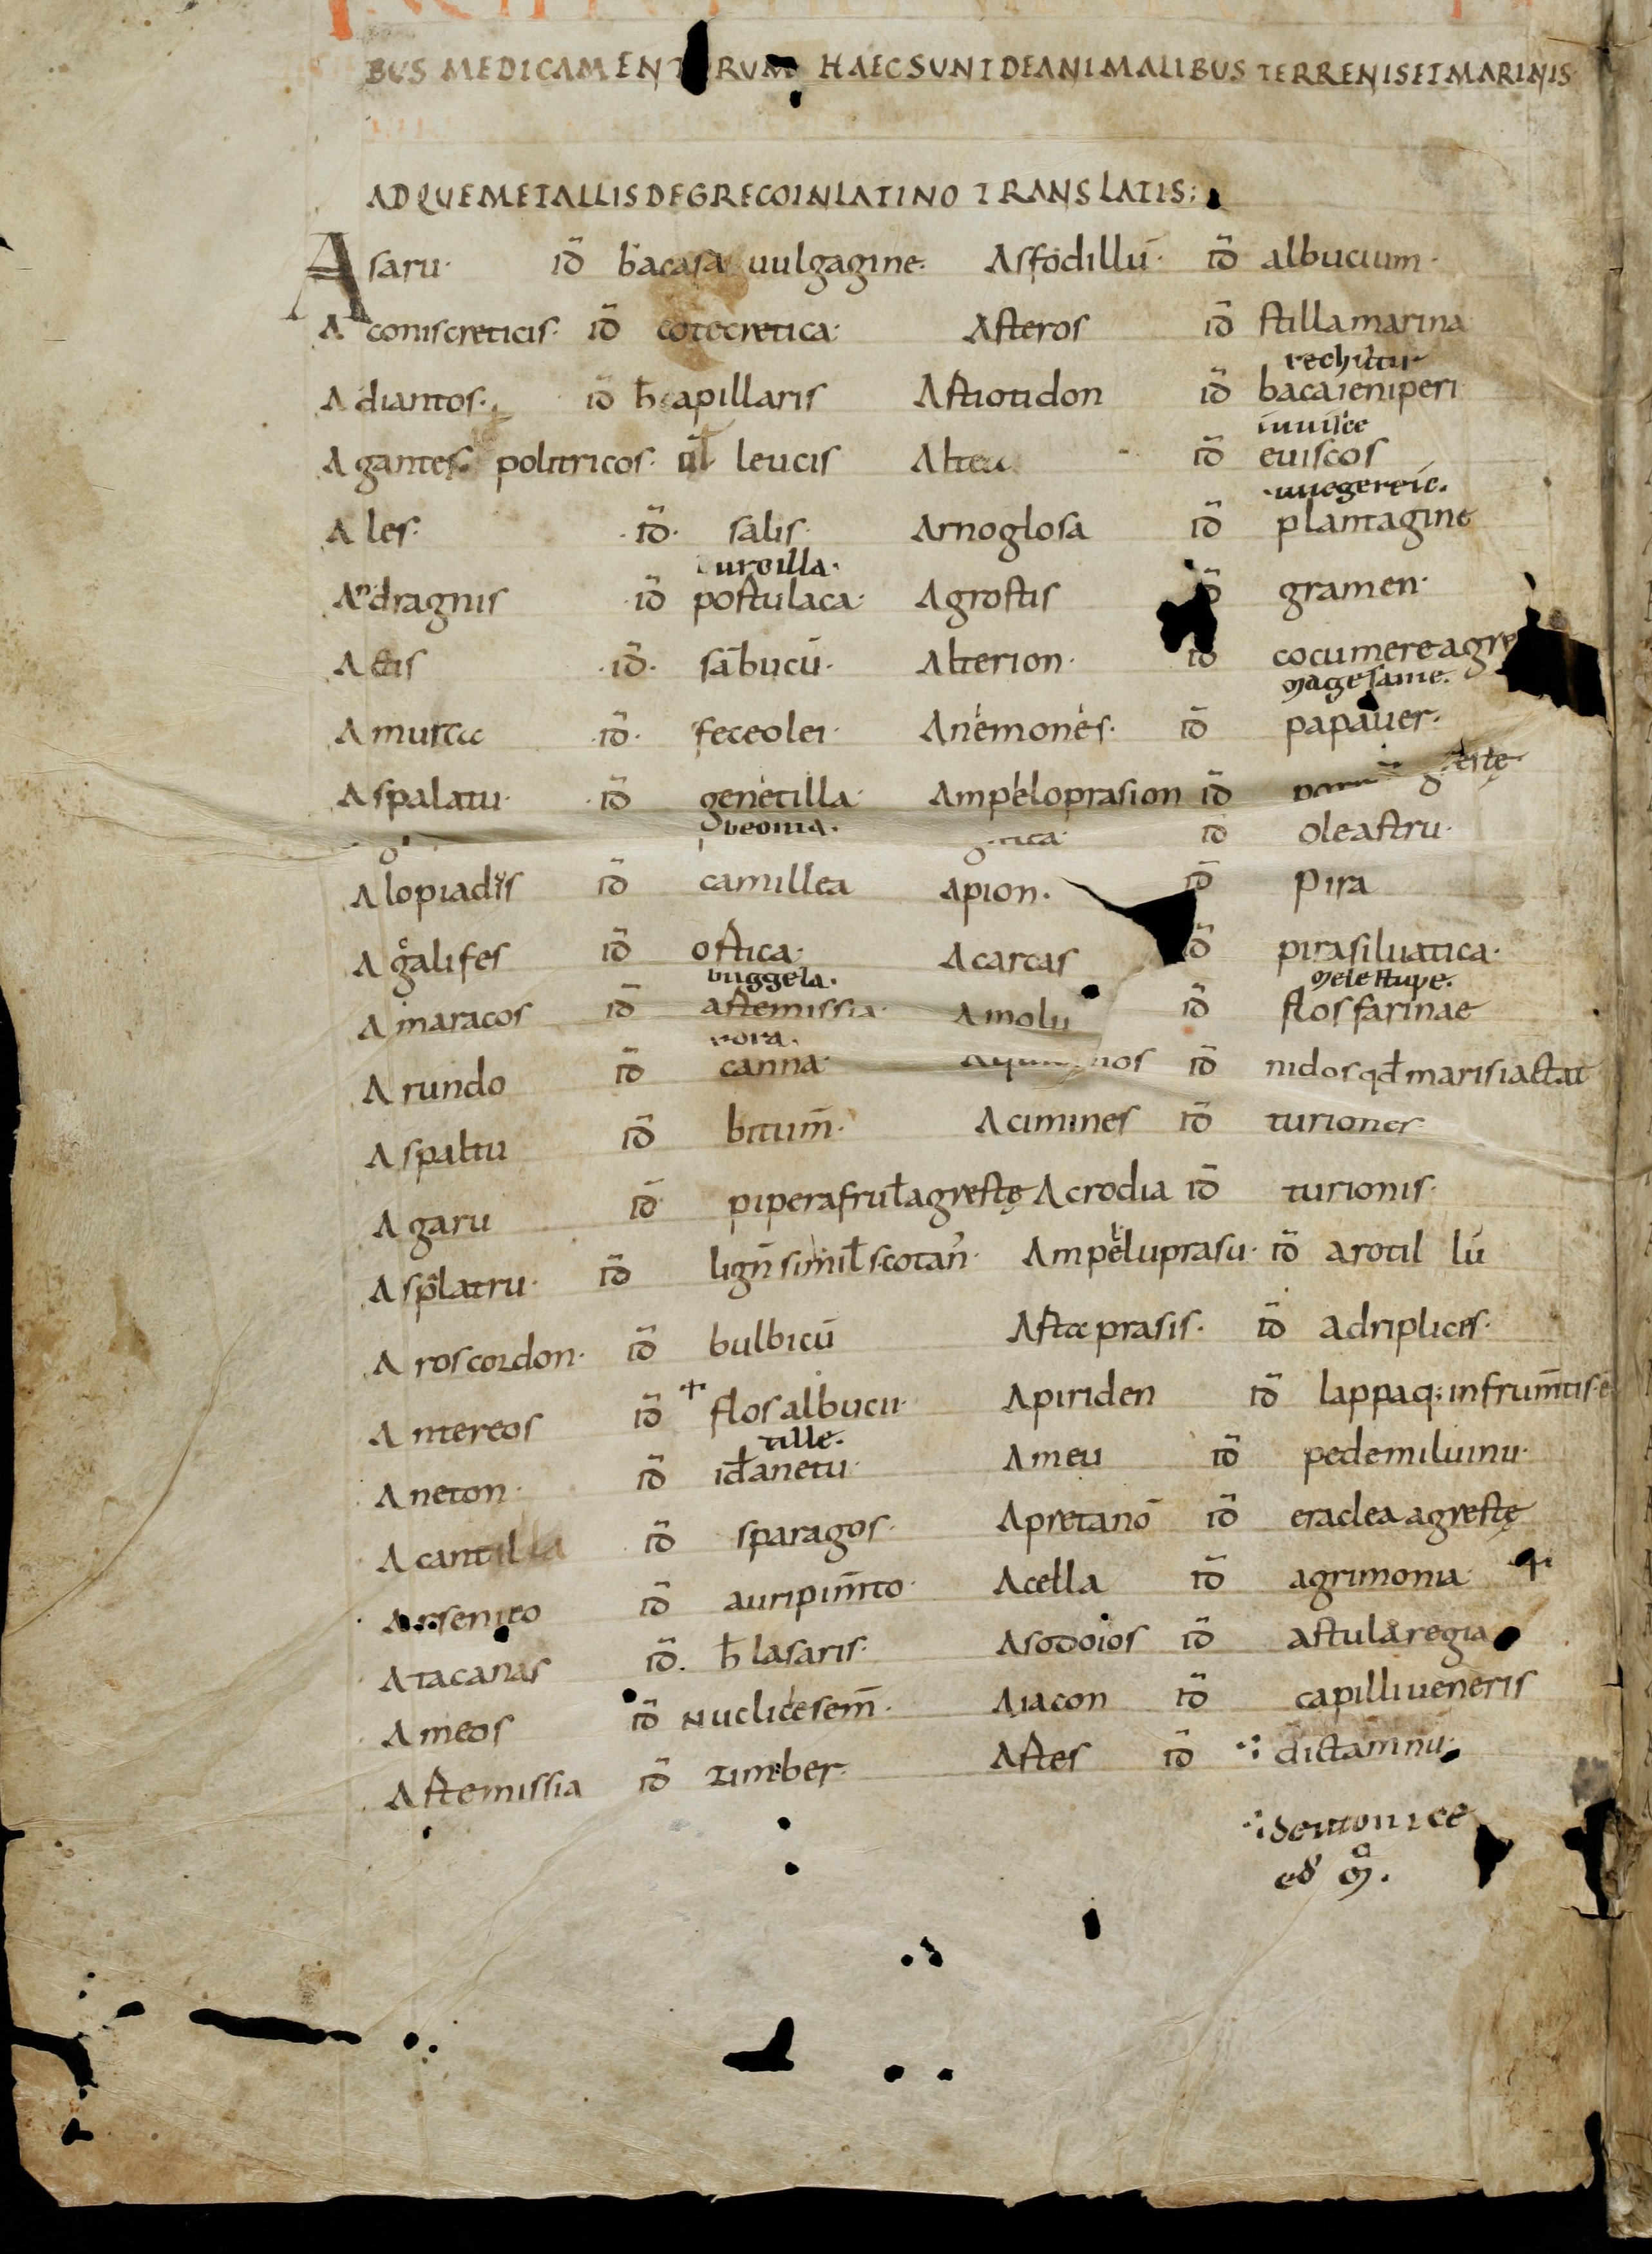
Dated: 800–899